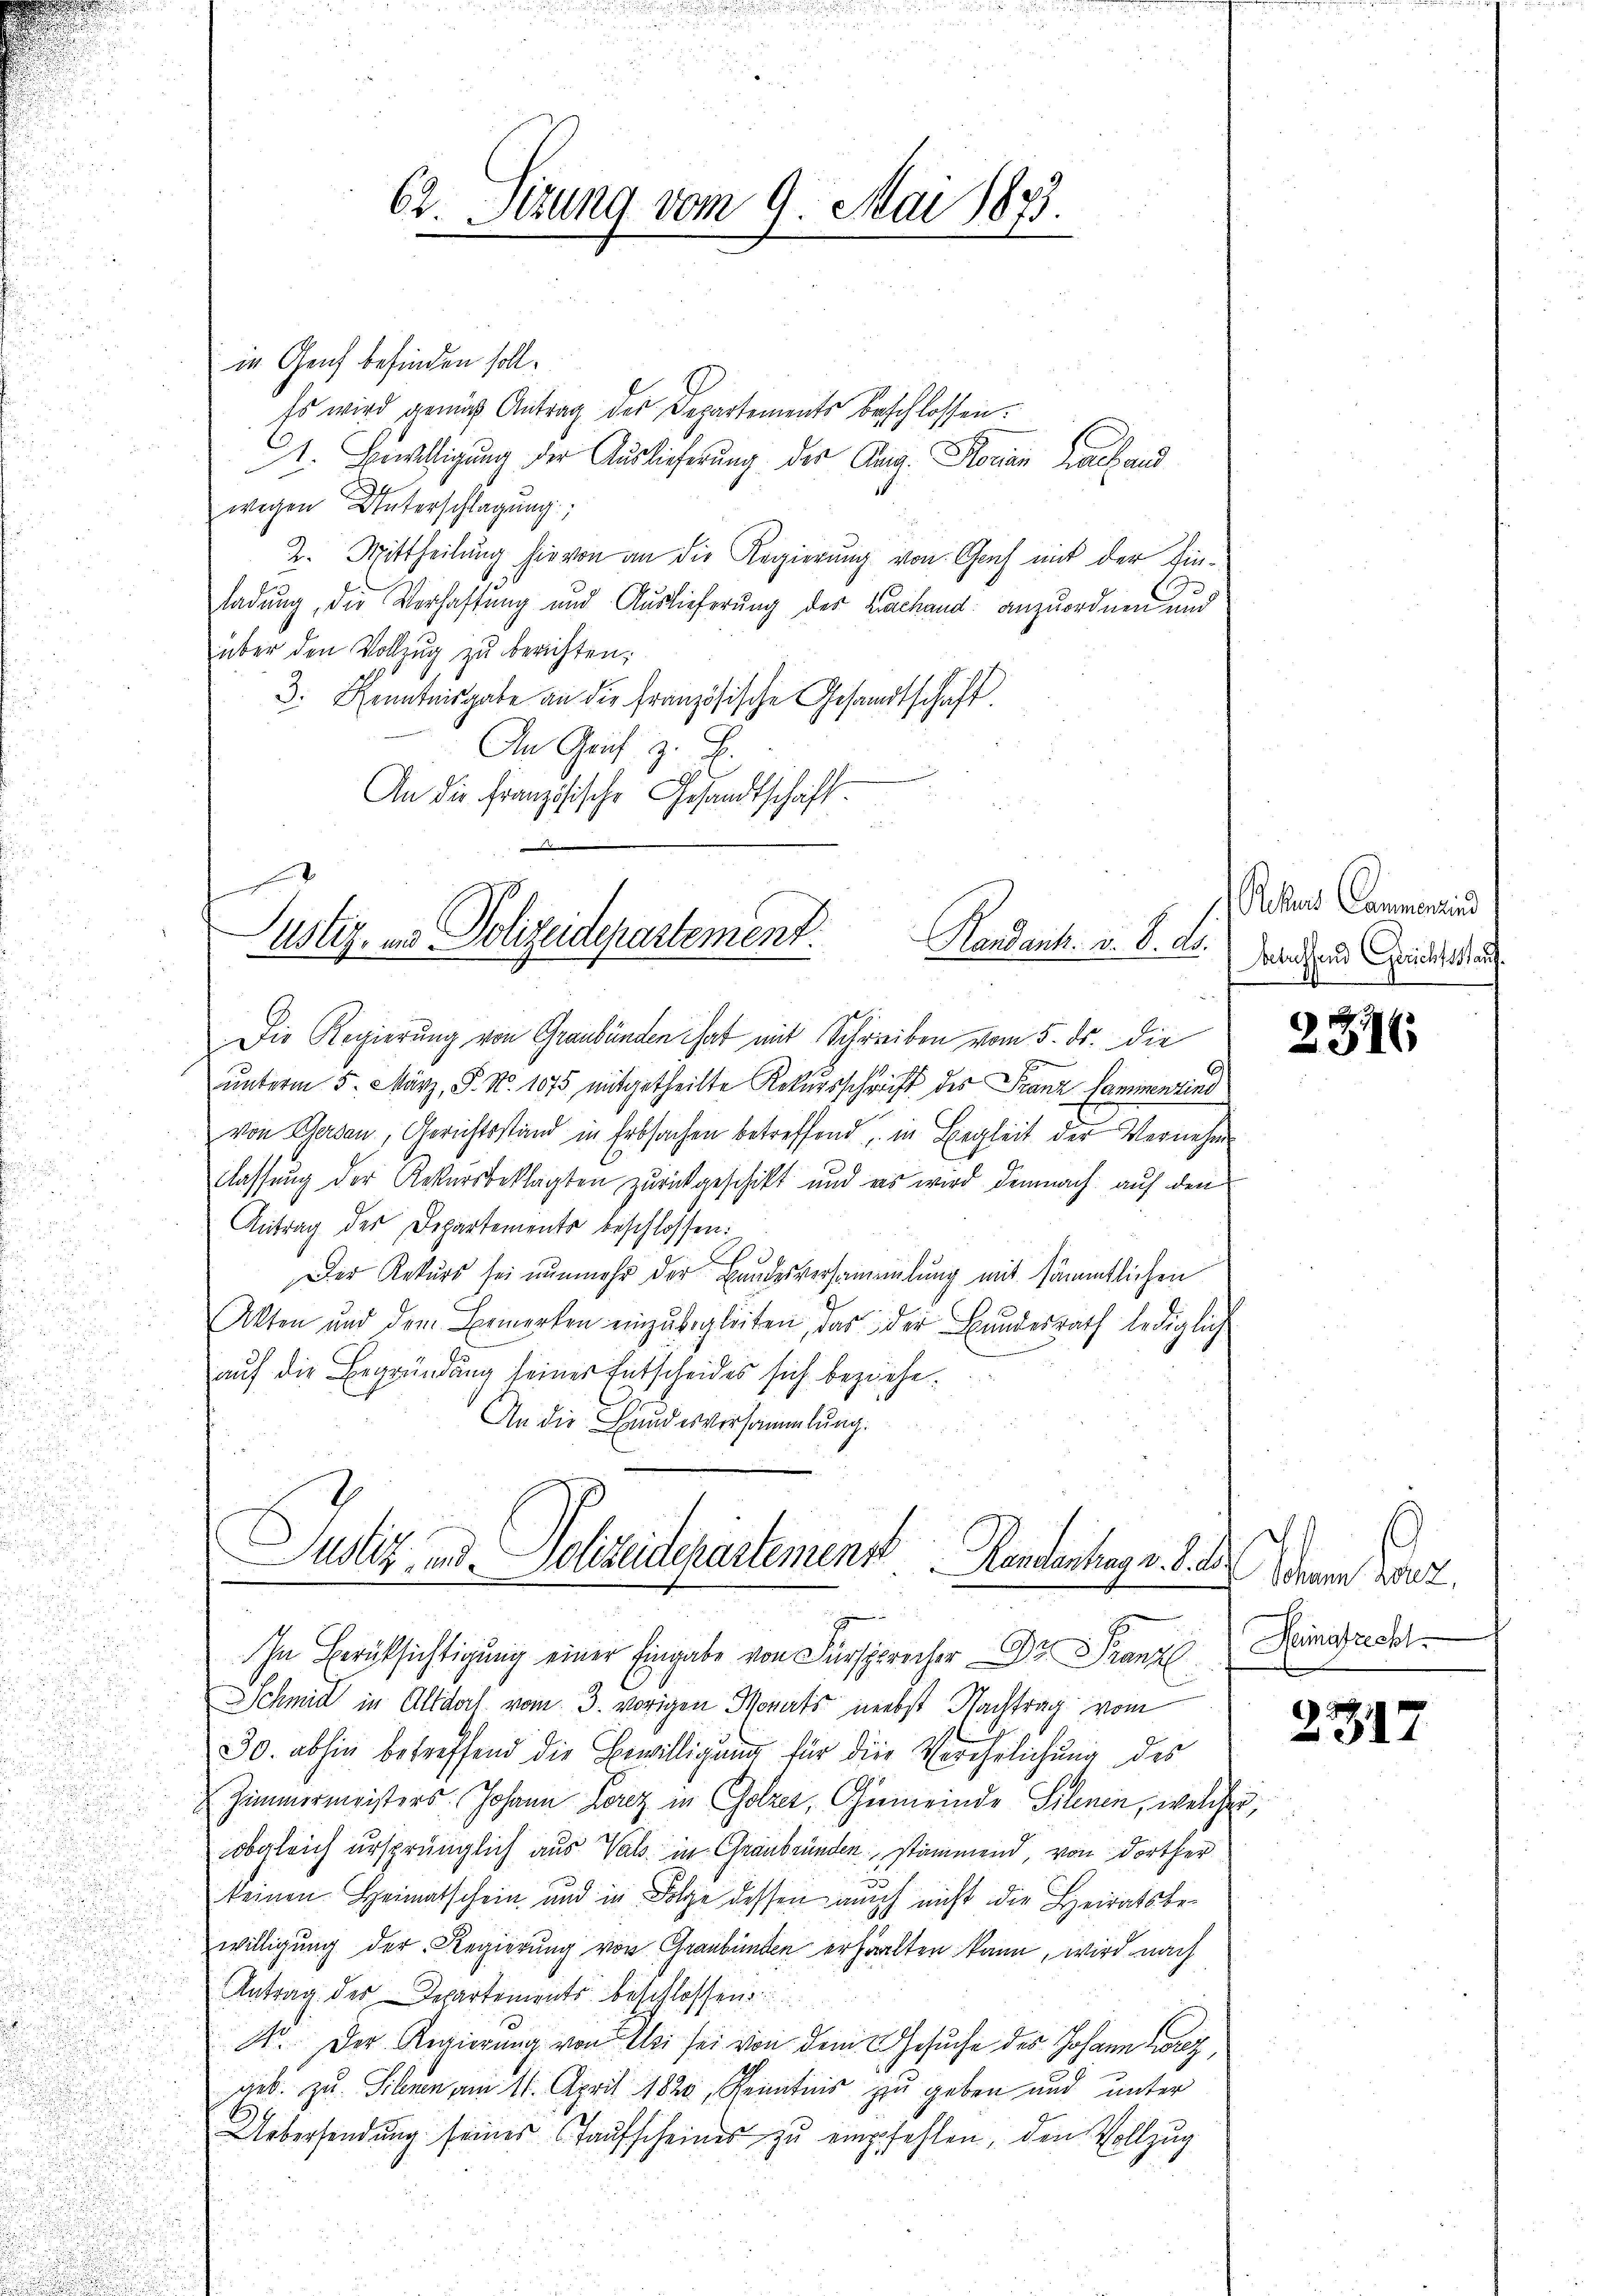
62. Sizung vom 9. Mai 1873.

in Genf befinden soll.
Es wird gemäß Antrag der Departements beschlossen.
1. Bewilligung der Auslieferung der Aug. Konia Laband
wegen Unterschlagung
2. Mittheilung hievon an die Regierung von Genf mit der Einladung, die Verhaftung und Auslieferung der Bachand anzuordnen und
über den Vollzug zu berichten:
3. Kenntnisgabe an die französische Gesandtschaft
An Graf z. B.
E
An die Französische Gesandtschaft.

ustiz- und Polizeidepartement.
Randank. v. 8. ds.

Die Regierung von Graubünden hat mit Schreiben vom 5. ds. die
unterm 5. März, P. Nr. 1075 mitgetheilte Rekursschrift des Franz Hammenzind
von Garden, Gerichtsstand in Erbsachen betreffend, in Begleit der Vernehme
classung der Rekursbeklagten zurückgeschikt und es wird demnach auf den
Antrag der Departements beschlossen:
Der Rekurs sei nunmehr der Bandesversammlung mit sämmtlichen
Akten und dem Bemerken einzŭbegleiten, das der Bundesrath lediglich
auf die Begründung seiner Entscheides sich beziehe.
An die Handesversammlung.

Justiz und Polizeidepartement
Handentrag v. 8. d
In Berüksichtigung einer Eingabe von Fürsprecher Dr. Franzl

Schmid in Altdorf vom 3. vorigen Monats nebst Nachtrag vom
30. abhin betreffend die Bewilligung für die Verehelichung des
Zimmermeisters Johann Lenz in Golzes, Gemeinde Schnen, welches,
obgleich ursprünglich aus Wals in Graubünden stimmend, von dorther
keinen Heimatschein und in Folge dessen auch nicht die Heiratsbe-
willigung der Regierung von Graubünden erhalten kann, wird nach
Antrag des Departements beschlossen
N. Der Regierung von Uri sei von dem Gesuche des Johann herz,
geb. zu Silien am 11. April 1820, Kenntnis zu geben und unter
Uebersendŭng seiner Taŭfscheines zŭ empfehlen, den Vollzug

Rhus Commenzind
Btuffend Gerichtsstauf.

2316

Von der
Hamnatrecht

2317